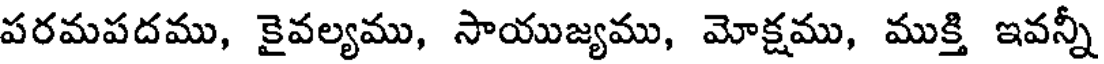
పరమపదము, కైవల్యము, సాయుజ్యము, మోక్షము, ముక్తి ఇవన్నీ